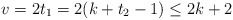
\begin{align*} v=2 t_1=2(k+t_2-1) \leq 2k+2\end{align*}